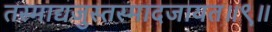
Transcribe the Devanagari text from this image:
तस्माद्यजुस्तस्मादजायत॥९॥